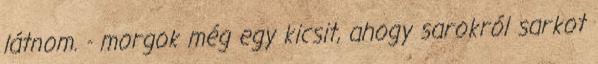
látnom. - morgok még egy kicsit, ahogy sarokról sarkot